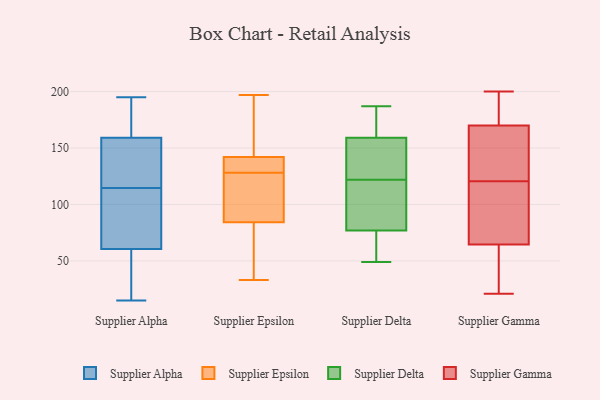
{"axis": {"x": "Gross Profit (USD K)", "y": "Value"}, "legend": ["Supplier Alpha", "Supplier Delta", "Supplier Epsilon", "Supplier Gamma"], "data": [{"x": "", "y": 57, "type": "Supplier Alpha"}, {"x": "", "y": 186, "type": "Supplier Alpha"}, {"x": "", "y": 15, "type": "Supplier Alpha"}, {"x": "", "y": 134, "type": "Supplier Alpha"}, {"x": "", "y": 146, "type": "Supplier Alpha"}, {"x": "", "y": 195, "type": "Supplier Alpha"}, {"x": "", "y": 34, "type": "Supplier Alpha"}, {"x": "", "y": 172, "type": "Supplier Alpha"}, {"x": "", "y": 106, "type": "Supplier Alpha"}, {"x": "", "y": 117, "type": "Supplier Alpha"}, {"x": "", "y": 142, "type": "Supplier Alpha"}, {"x": "", "y": 180, "type": "Supplier Alpha"}, {"x": "", "y": 18, "type": "Supplier Alpha"}, {"x": "", "y": 64, "type": "Supplier Alpha"}, {"x": "", "y": 74, "type": "Supplier Alpha"}, {"x": "", "y": 112, "type": "Supplier Alpha"}, {"x": "", "y": 139, "type": "Supplier Epsilon"}, {"x": "", "y": 128, "type": "Supplier Epsilon"}, {"x": "", "y": 139, "type": "Supplier Epsilon"}, {"x": "", "y": 84, "type": "Supplier Epsilon"}, {"x": "", "y": 129, "type": "Supplier Epsilon"}, {"x": "", "y": 85, "type": "Supplier Epsilon"}, {"x": "", "y": 75, "type": "Supplier Epsilon"}, {"x": "", "y": 132, "type": "Supplier Epsilon"}, {"x": "", "y": 190, "type": "Supplier Epsilon"}, {"x": "", "y": 143, "type": "Supplier Epsilon"}, {"x": "", "y": 171, "type": "Supplier Epsilon"}, {"x": "", "y": 187, "type": "Supplier Epsilon"}, {"x": "", "y": 51, "type": "Supplier Epsilon"}, {"x": "", "y": 33, "type": "Supplier Epsilon"}, {"x": "", "y": 114, "type": "Supplier Epsilon"}, {"x": "", "y": 197, "type": "Supplier Epsilon"}, {"x": "", "y": 89, "type": "Supplier Epsilon"}, {"x": "", "y": 34, "type": "Supplier Epsilon"}, {"x": "", "y": 110, "type": "Supplier Epsilon"}, {"x": "", "y": 169, "type": "Supplier Delta"}, {"x": "", "y": 78, "type": "Supplier Delta"}, {"x": "", "y": 120, "type": "Supplier Delta"}, {"x": "", "y": 76, "type": "Supplier Delta"}, {"x": "", "y": 152, "type": "Supplier Delta"}, {"x": "", "y": 157, "type": "Supplier Delta"}, {"x": "", "y": 124, "type": "Supplier Delta"}, {"x": "", "y": 111, "type": "Supplier Delta"}, {"x": "", "y": 58, "type": "Supplier Delta"}, {"x": "", "y": 161, "type": "Supplier Delta"}, {"x": "", "y": 151, "type": "Supplier Delta"}, {"x": "", "y": 185, "type": "Supplier Delta"}, {"x": "", "y": 51, "type": "Supplier Delta"}, {"x": "", "y": 187, "type": "Supplier Delta"}, {"x": "", "y": 90, "type": "Supplier Delta"}, {"x": "", "y": 49, "type": "Supplier Delta"}, {"x": "", "y": 130, "type": "Supplier Gamma"}, {"x": "", "y": 126, "type": "Supplier Gamma"}, {"x": "", "y": 185, "type": "Supplier Gamma"}, {"x": "", "y": 61, "type": "Supplier Gamma"}, {"x": "", "y": 188, "type": "Supplier Gamma"}, {"x": "", "y": 73, "type": "Supplier Gamma"}, {"x": "", "y": 43, "type": "Supplier Gamma"}, {"x": "", "y": 96, "type": "Supplier Gamma"}, {"x": "", "y": 68, "type": "Supplier Gamma"}, {"x": "", "y": 200, "type": "Supplier Gamma"}, {"x": "", "y": 80, "type": "Supplier Gamma"}, {"x": "", "y": 178, "type": "Supplier Gamma"}, {"x": "", "y": 21, "type": "Supplier Gamma"}, {"x": "", "y": 169, "type": "Supplier Gamma"}, {"x": "", "y": 147, "type": "Supplier Gamma"}, {"x": "", "y": 171, "type": "Supplier Gamma"}, {"x": "", "y": 124, "type": "Supplier Gamma"}, {"x": "", "y": 52, "type": "Supplier Gamma"}, {"x": "", "y": 117, "type": "Supplier Gamma"}, {"x": "", "y": 21, "type": "Supplier Gamma"}]}